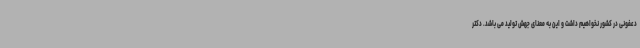
دعفونی در کشور نخواهیم داشت و این به معنای جهش تولید می باشد. دکتر